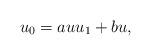
LaTeX: \begin{align*}u_0=a uu_1+b u,\end{align*}